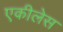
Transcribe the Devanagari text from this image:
एकीलेस